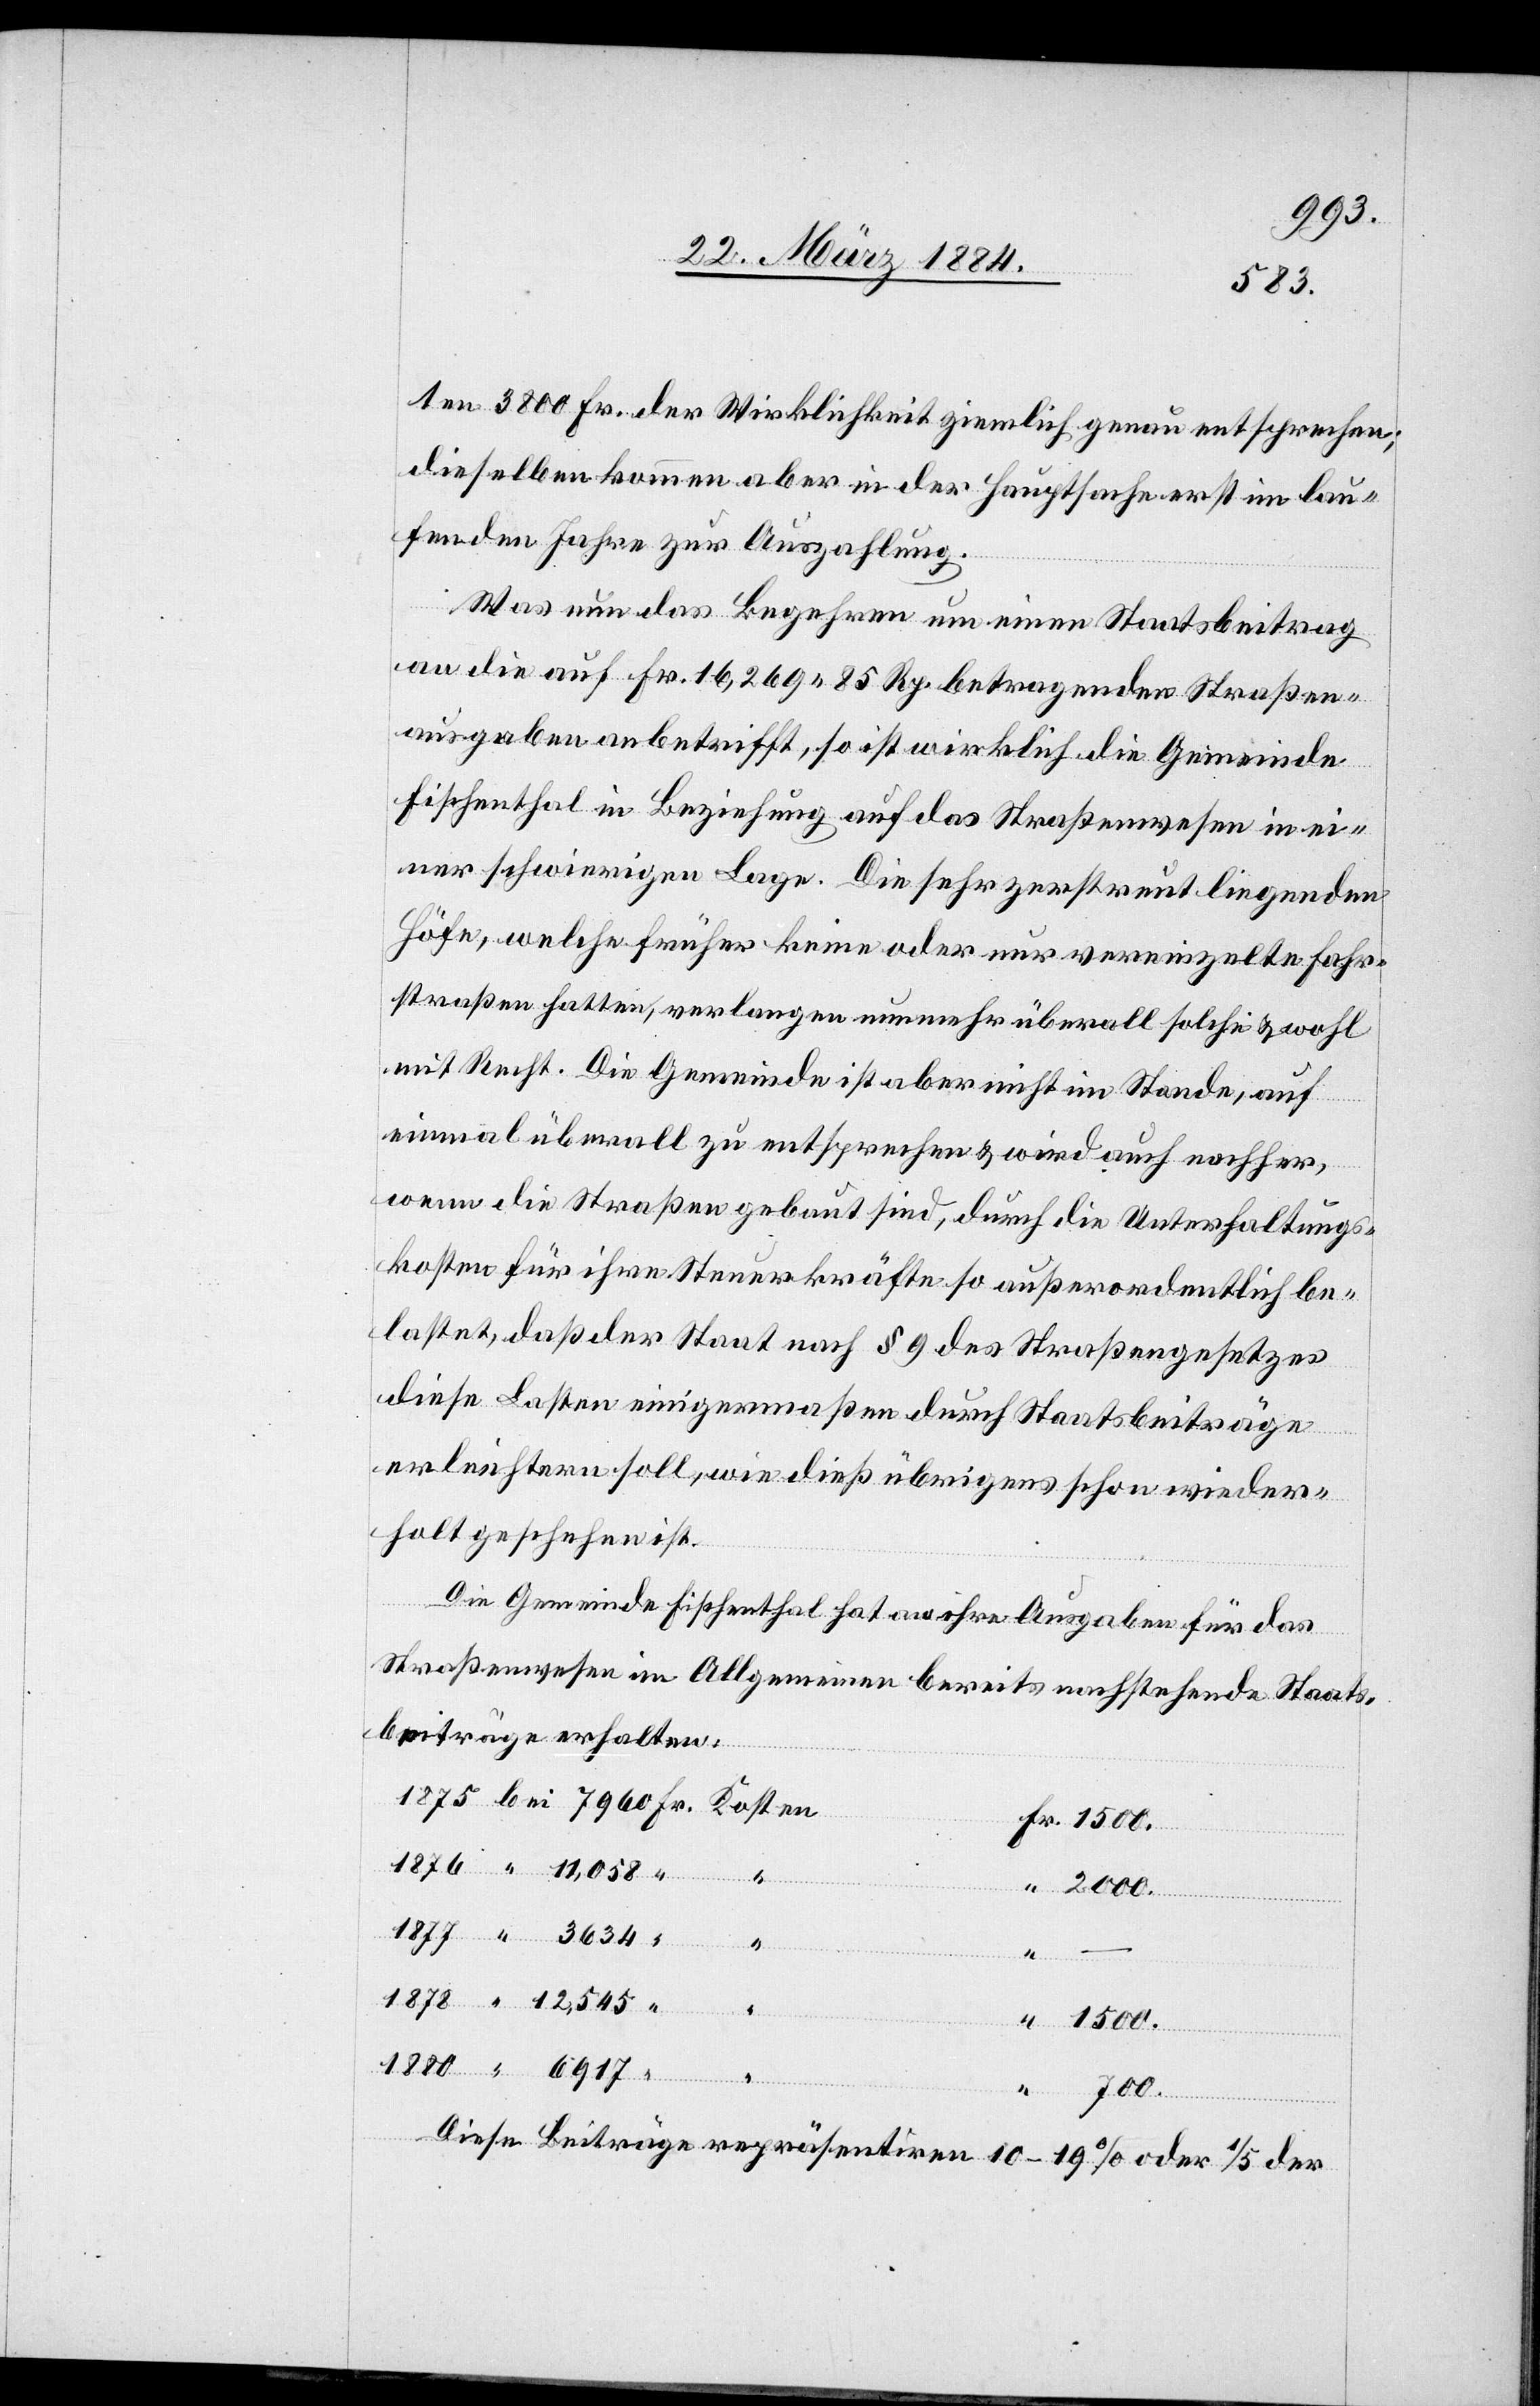
1500.
ten 3800 Fr. der Wirklichkeit ziemlich genau entsprochen
dieselben kommen aber in der Hauptsache erst im lau¬
fenden Jahre zur Auszahlung.
Was nun das Begehren um einen Staatsbeitrag
an die auf Fr. 16,269 85 Rp. betragenden Straßen¬
ausgaben anbetrifft, so ist wirklich die Gemeinde
Fischenthal in Beziehung auf das Straßenwesen in ei¬
ner schwierigen Lage. Die sehr zerstreut liegenden
Höfe, welche früher keine oder nur vereinzelte Fahr¬
straßen hatten, verlangen nunmehr überall solche & wohl
mit Recht. Die Gemeinde ist aber nicht im Stande, auf
einmal überall zu entsprechen & wird auch nachher,
wenn die Straßen gebaut sind, durch die Unterhaltungs¬
kosten für ihre Steuerkräfte so außerordentlich be¬
lastet, daß der Staat nach § 9 des Straßengesetzes
diese Lasten einigermaßen durch Staatsbeiträge
erleichtern soll, wie dieß übrigens schon wieder¬
holt geschehen ist.
Fr.
Die Gemeinde Fischenthal hat an ihre Ausgaben für das
Straßenwesen im Allgemeinen bereits nachstehende Staats¬
beiträge erhalten:
Fr.
700.
Kosten
Diese Beiträge repräsentiren
10–19% oder 1/5 der